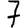
Digit: 7